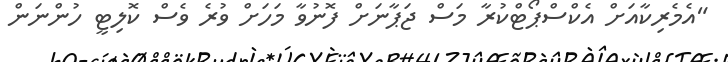
"އެމެރިކާއަށް އެކްސްޕޯޓްކުރާ މަސް ޖަޕާނަށް ފޮނުވާ މަހަށް ވުރެ ވެސް ކޮލިޓީ ހުންނަން